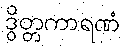
ဒွိတ္တကာရဏံ